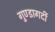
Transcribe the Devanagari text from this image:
गुण्डागर्दी